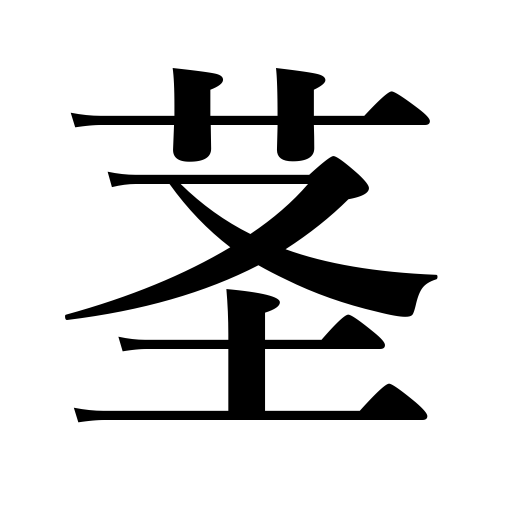
Meanings: stem,stalk